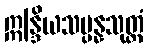
ဣန္ဒြိယသမ္ပန္နသုတ္တံ